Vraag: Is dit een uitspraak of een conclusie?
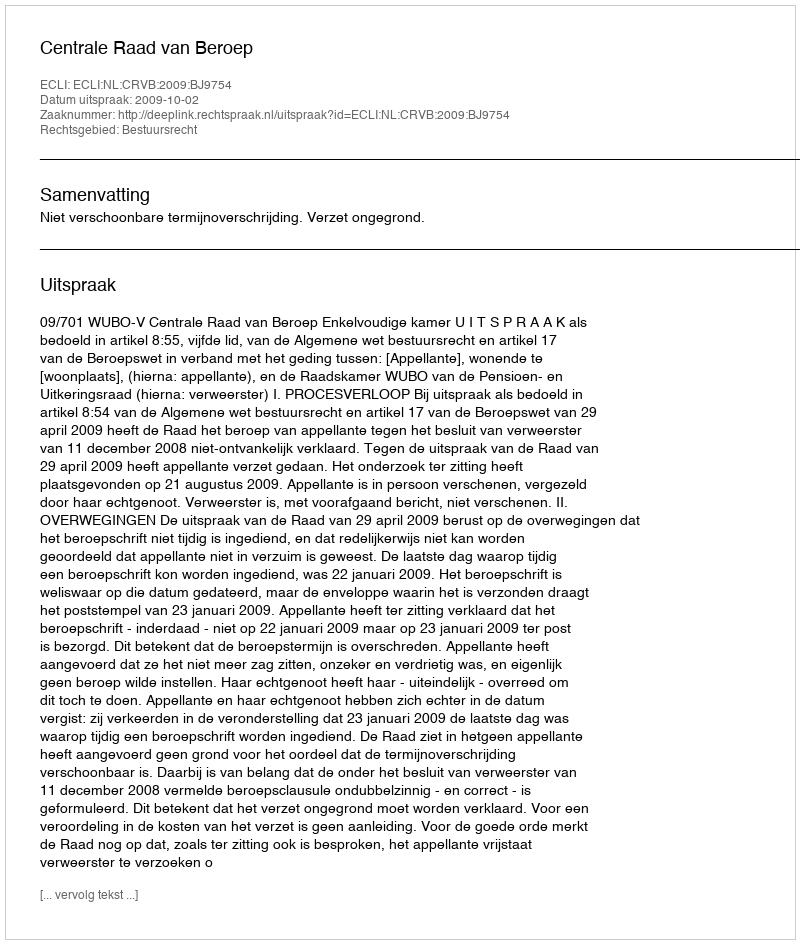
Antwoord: Uitspraak